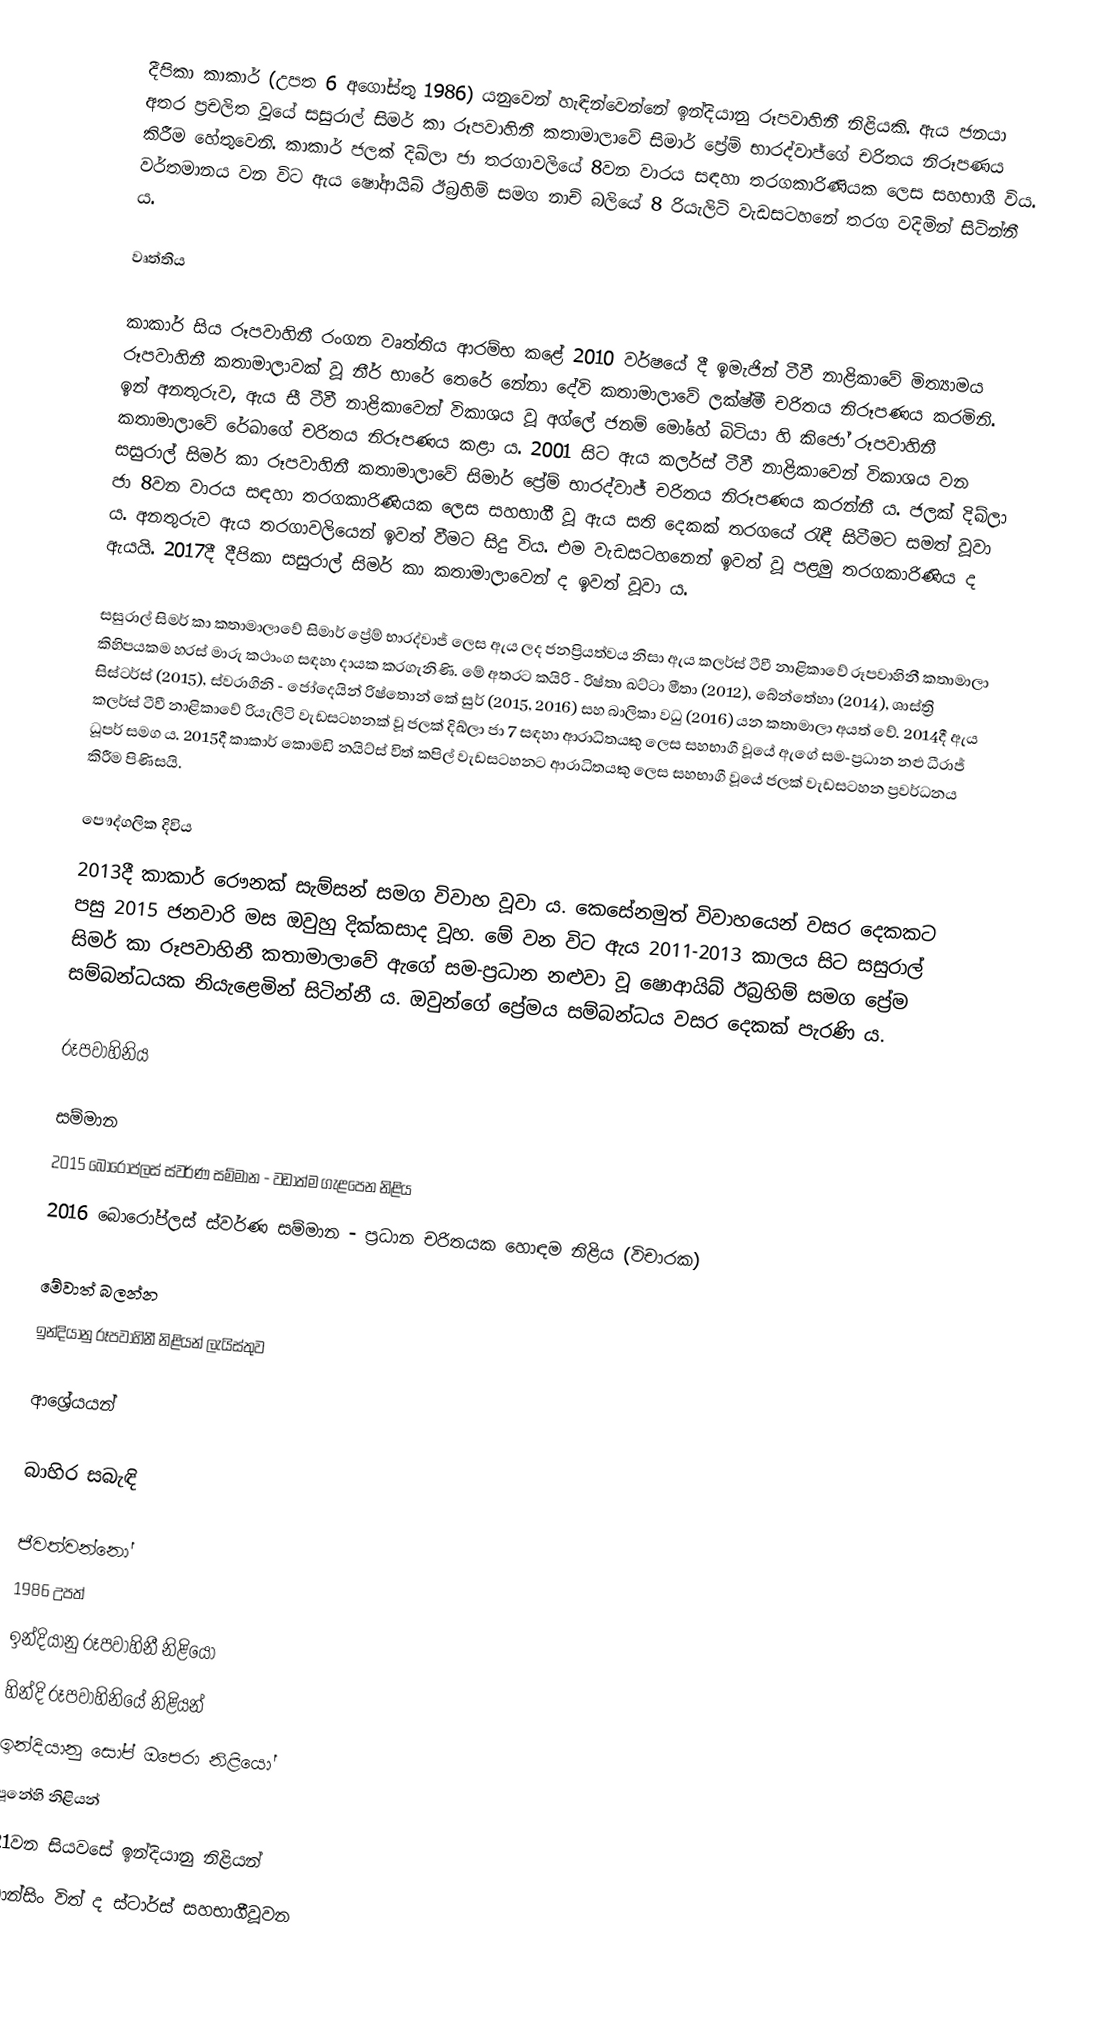
දීපිකා කාකාර් (උපත 6 අගෝස්තු 1986) යනුවෙන් හැඳින්වෙන්නේ ඉන්දියානු රූපවාහිනී නිළියකි. ඇය ජනයා අතර ප්‍රචලිත වූයේ සසුරාල් සිමර් කා රූපවාහිනී කතාමාලාවේ සිමාර් ප්‍රේම් භාරද්වාජ්ගේ චරිතය නිරූපණය කිරීම හේතුවෙනි. කාකාර් ජලක් දිඛ්ලා ජා තරගාවලියේ 8වන වාරය සඳහා තරගකාරිණියක ලෙස සහභාගී විය. වර්තමානය වන විට ඇය ෂෝආයිබ් ඊබ්‍රහිම් සමග නාච් බලියේ 8 රියැලිටි වැඩසටහනේ තරග වදිමින් සිටින්නී ය.

වෘත්තිය

කාකාර් සිය රූපවාහිනී රංගන වෘත්තිය ආරම්භ කළේ 2010 වර්ෂයේ දී ඉමැජින් ටීවී නාළිකාවේ මිත්‍යාමය රූපවාහිනී කතාමාලාවක් වූ නීර් භාරේ තෙරේ නේනා දේවි කතාමාලාවේ ලක්ෂ්මී චරිතය නිරූපණය කරමිනි. ඉන් අනතුරුව, ඇය සී ටීවී නාළිකාවෙන් විකාශය වූ අග්ලේ ජනම් මෝහේ බිටියා හි කිජෝ රූපවාහිනී කතාමාලාවේ රේඛාගේ චරිතය නිරූපණය කළා ය. 2001 සිට ඇය කලර්ස් ටීවී නාළිකාවෙන් විකාශය වන සසුරාල් සිමර් කා රූපවාහිනී කතාමාලාවේ සිමාර් ප්‍රේම් භාරද්වාජ් චරිතය නිරූපණය කරන්නී ය. ජලක් දිඛ්ලා ජා 8වන වාරය සඳහා තරගකාරිණියක ලෙස සහභාගී වූ ඇය සති දෙකක් තරගයේ රැඳී සිටීමට සමත් වූවා ය. අනතුරුව ඇය තරගාවලියෙන් ඉවත් වීමට සිදු විය. එම වැඩසටහනෙන් ඉවත් වූ පළමු තරගකාරිණිය ද ඇයයි. 2017දී දීපිකා සසුරාල් සිමර් කා කතාමාලාවෙන් ද ඉවත් වූවා ය.

සසුරාල් සිමර් කා කතාමාලාවේ සිමාර් ප්‍රේම් භාරද්වාජ් ලෙස ඇය ලද ජනප්‍රියත්වය නිසා ඇය කලර්ස් ටීවී නාළිකාවේ රූපවාහිනී කතාමාලා කිහිපයකම හරස් මාරු කථාංග සඳහා දායක කරගැනිණි. මේ අතරට කයිරි - රිෂ්තා ඛට්ටා මීතා (2012), බේන්තේහා (2014), ශාස්ත්‍රි සිස්ටර්ස් (2015), ස්වරාගිනි - ජෝදෙයින් රිෂ්තොන් කේ සුර් (2015, 2016) සහ බාලිකා වධු (2016) යන කතාමාලා අයත් වේ. 2014දී ඇය කලර්ස් ටීවී නාළිකාවේ රියැලිටි වැඩසටහනක් වූ ජලක් දිඛ්ලා ජා 7 සඳහා ආරාධිතයකු ලෙස සහභාගී වූයේ ඇගේ ‍සම-ප්‍රධාන නළු ධීරාජ් ධූපර් සමග ය. 2015දී කාකාර් කොමඩි නයිට්ස් විත් කපිල් වැඩසටහනට ආරාධිතයකු ලෙස සහභාගී වූයේ ජලක් වැඩසටහන ප්‍රවර්ධනය කිරීම පිණිසයි.

පෞද්ගලික දිවිය
2013දී කාකාර් රෞනක් සැම්සන් සමග විවාහ වූවා ය. කෙසේනමුත් විවාහයෙන් වසර දෙකකට පසු 2015 ජනවාරි මස ඔවුහු දික්කසාද වූහ. මේ වන විට ඇය 2011-2013 කාලය සිට සසුරාල් සිමර් කා රූපවාහිනී කතාමාලාවේ ඇගේ සම-ප්‍රධාන නළුවා වූ ෂොආයිබ් ඊබ්‍රහිම් සමග ප්‍රේම සම්බන්ධයක නියැළෙමින් සිටින්නී ය. ඔවුන්ගේ ප්‍රේමය සම්බන්ධය වසර දෙකක් පැරණි ය.

රූපවාහිනිය

සම්මාන
 2015 බොරොප්ලස් ස්වර්ණ සම්මාන - වඩාත්ම ගැළපෙන නිළිය
 2016 බොරෝප්ලස් ස්වර්ණ සම්මාන - ප්‍රධාන චරිතයක හොඳම නිළිය (විචාරක)

මේවාත් බලන්න
ඉන්දියානු රූපවාහිනී නිළියන් ලැයිස්තුව

ආශ්‍රේයයන්

බාහිර සබැඳි

ජීවත්වන්නෝ
1986 උපත්
ඉන්දියානු රූපවාහිනී නිළියෝ
හින්දි රූපවාහිනියේ නිළියන්
ඉන්දියානු සෝප් ඔපෙරා නිළියෝ
පූනේහි නිළියන්
21වන සියවසේ ඉන්දියානු නිළියන්
ඩාන්සිං විත් ද ස්ටාර්ස් සහභාගීවූවන